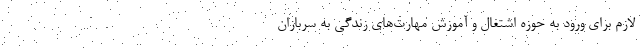
لازم برای ورود به حوزه اشتغال و آموزش مهارت‌های زندگی به سربازان